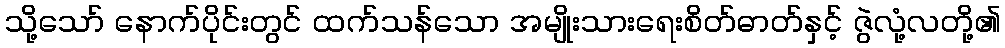
သို့သော် နောက်ပိုင်းတွင် ထက်သန်သော အမျိုးသားရေးစိတ်ဓာတ်နှင့် ဇွဲလုံ့လတို့၏